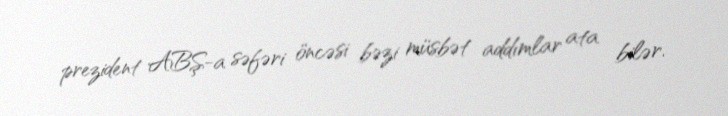
prezident ABŞ-a səfəri öncəsi bəzi müsbət addımlar ata bilər.